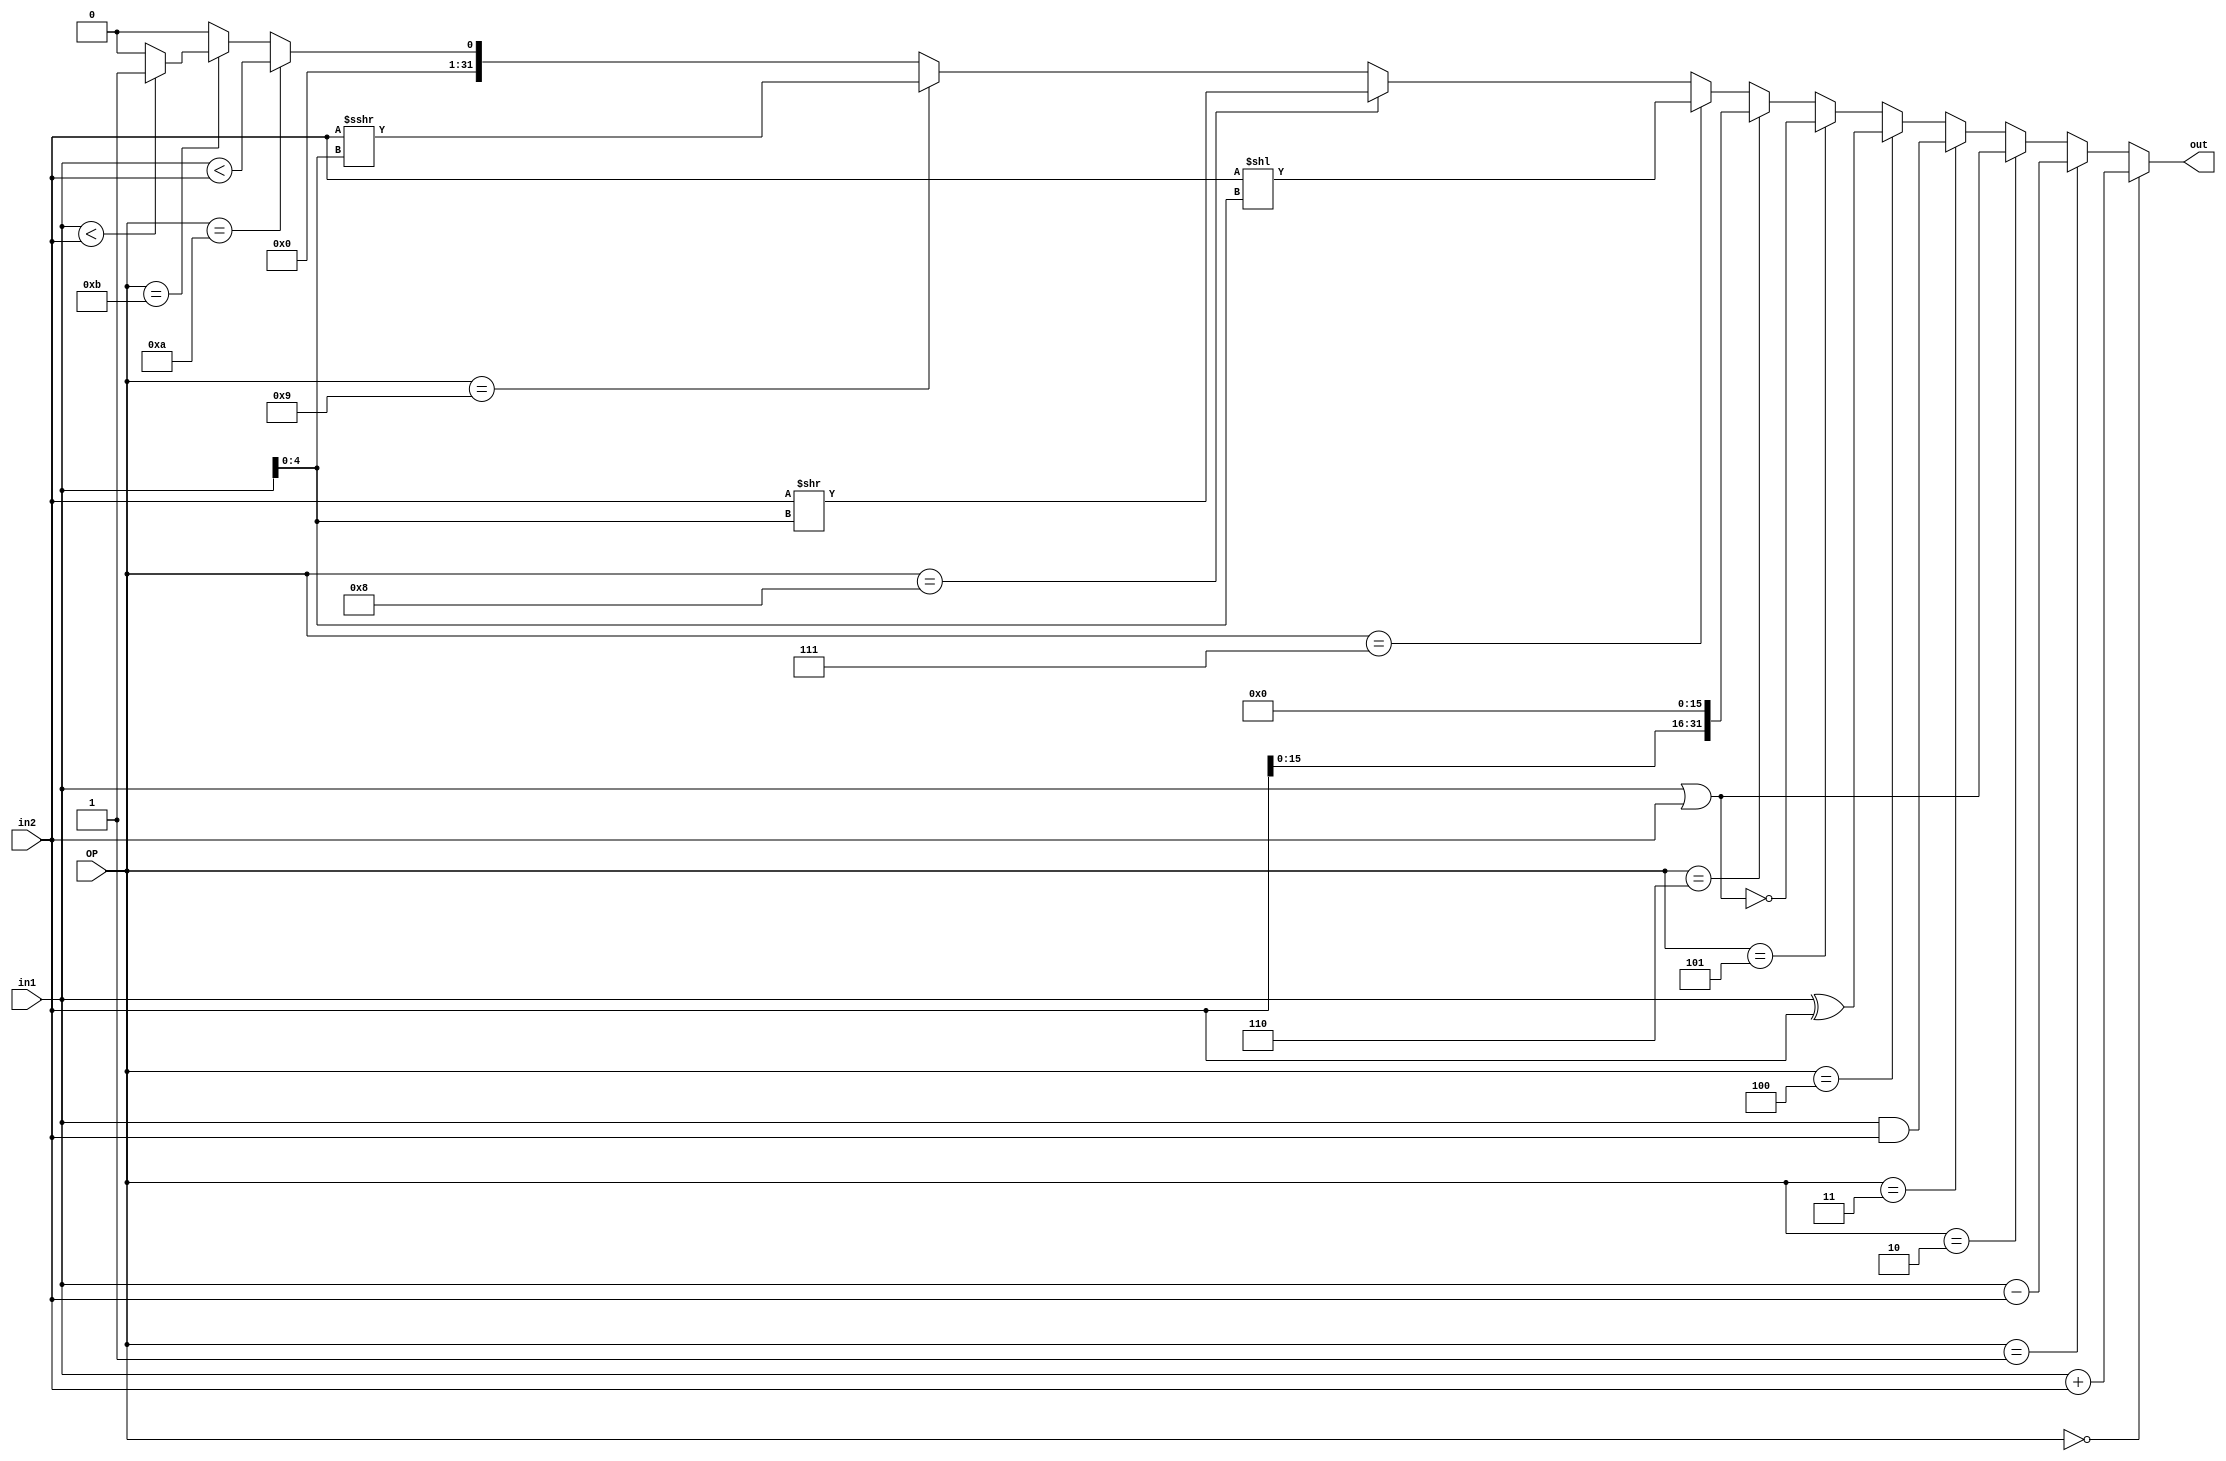
`timescale 1ns / 1ps
module ALU(
    input [31:0] in1,
    input [31:0] in2,
    input [3:0] OP,
    output [31:0] out
    );
//+ - | & ^ ~| <<16 << >> >>> <u <
assign out=
		 (OP==4'd0)?(in1+in2):
		 (OP==4'd1)?(in1-in2):
		 (OP==4'd2)?(in1|in2):
		 (OP==4'd3)?(in1&in2):
		 (OP==4'd4)?(in1^in2):
		 (OP==4'd5)?(~(in1|in2)):
		 (OP==4'd6)?(in2<<16):
		 (OP==4'd7)?(in2<<in1[4:0]):
		 (OP==4'd8)?(in2>>in1[4:0]):
		 (OP==4'd9)?($signed($signed(in2) >>> in1[4:0])):
		 (OP==4'd10)?(in1<in2):
		 (OP==4'd11)?(($signed(in1)<$signed(in2))?32'b1:32'b0):0;


endmodule